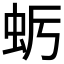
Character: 𮓺